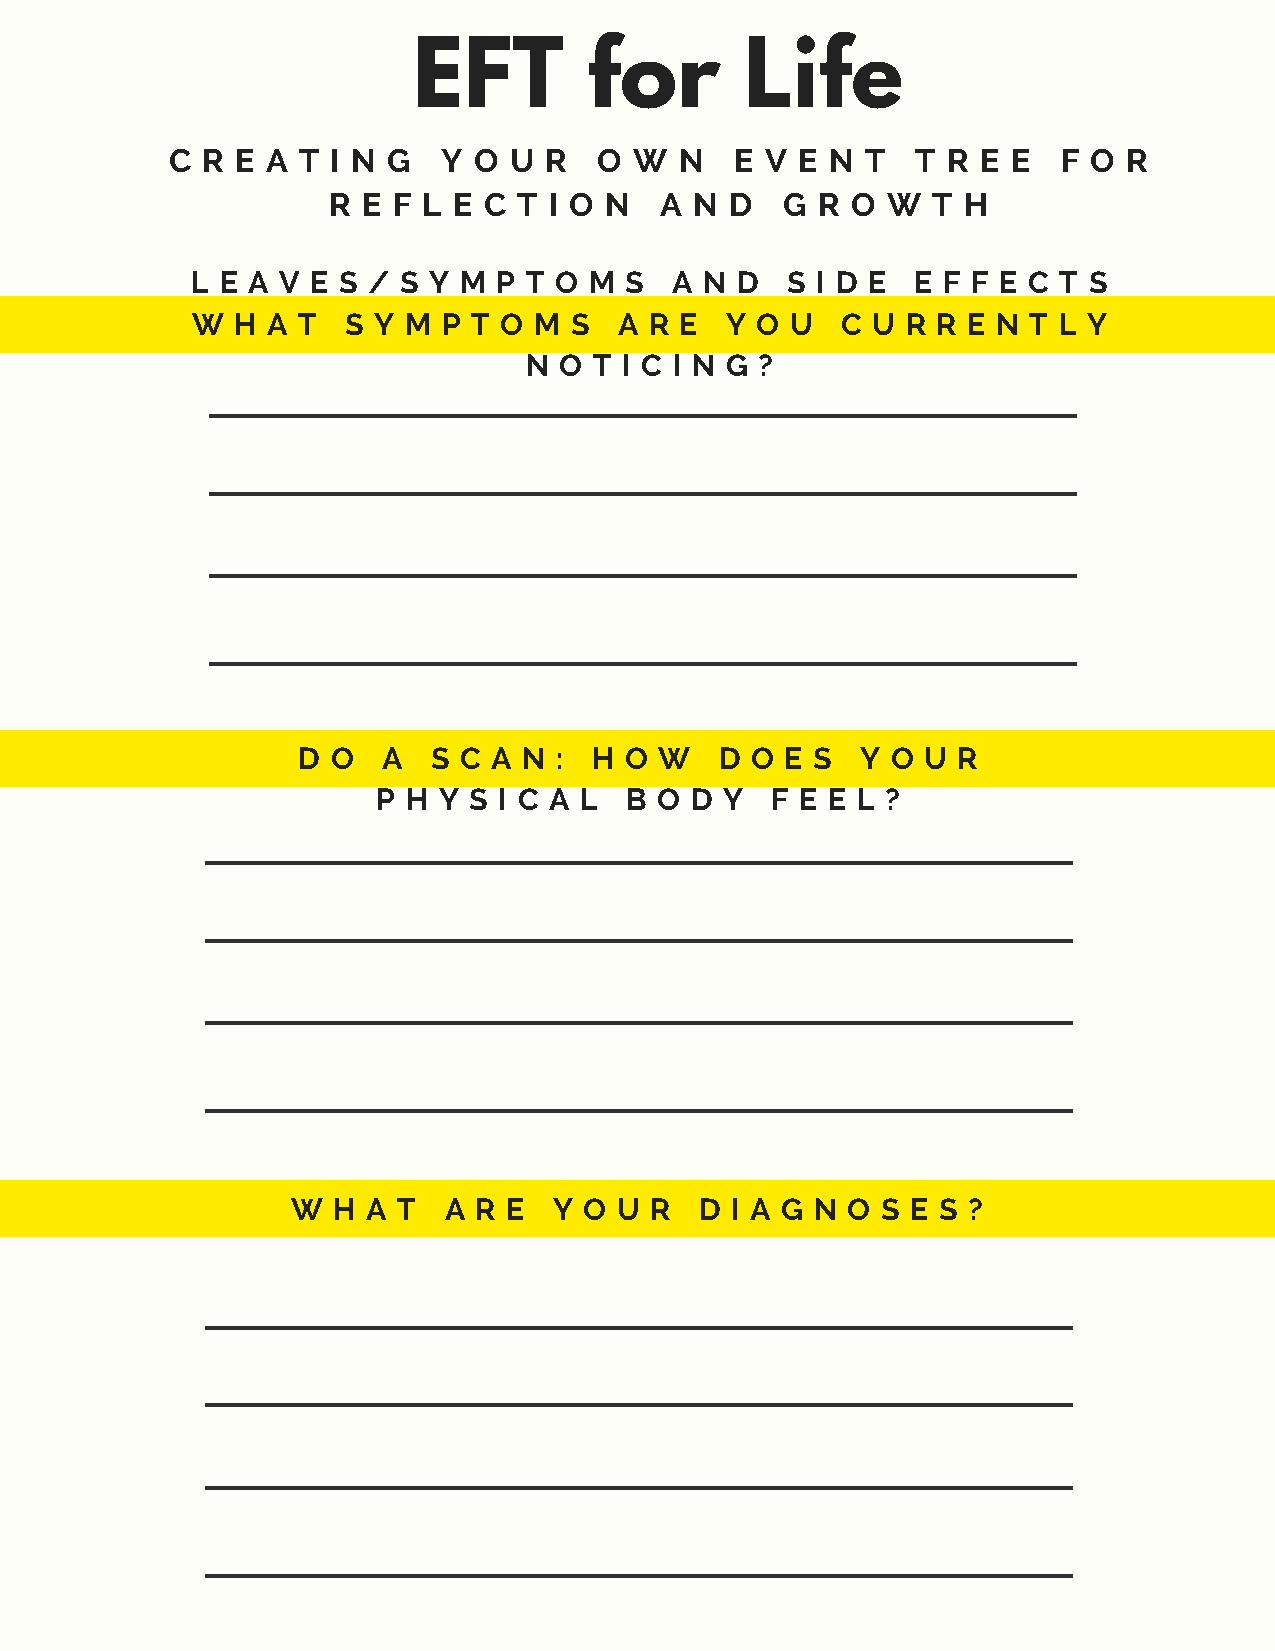
EFT         for       Life
 C R  E A T I N G  Y O  U R   O W  N   E V E N T   T R E E  F O  R
 R E F L E C T I O N   A N D   G R O  W  T H
 L E A V E S / S Y M P T O M S   A N D  S I D E  E F F E C T S
 W H  A T  S Y M P T O M  S  A R E  Y O U   C U R R E N T L Y
 N O T I C I N G ?
 D O  A   S C A N : H O  W   D O E S  Y O U R
 P H Y S I C A L B  O D Y  F E E L ?
 W  H A T  A R  E  Y O U R  D I A G N O S E S ?